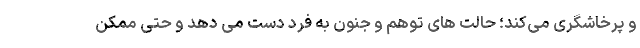
و پرخاشگری می‌کند؛ حالت های توهم و جنون به فرد دست می دهد و حتی ممکن